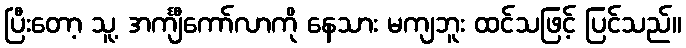
ပြီးတော့ သူ့ အင်္ကျီကော်လာကို နေသား မကျဘူး ထင်သဖြင့် ပြင်သည်။